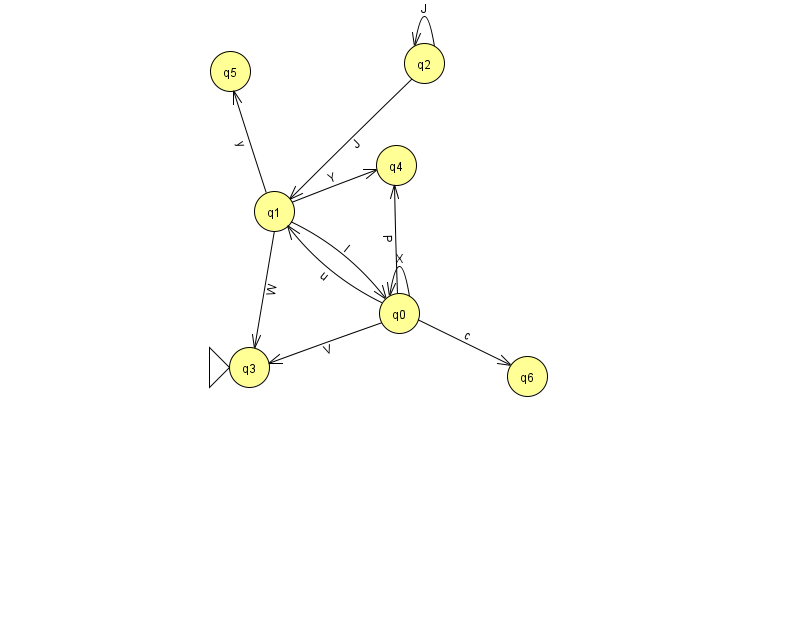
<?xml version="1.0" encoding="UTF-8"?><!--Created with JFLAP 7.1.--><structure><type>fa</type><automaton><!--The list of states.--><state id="0" name="q0"><x>399.0</x><y>300.0</y></state><state id="1" name="q1"><x>274.0</x><y>198.0</y></state><state id="2" name="q2"><x>424.0</x><y>50.0</y></state><state id="3" name="q3"><x>249.0</x><y>354.0</y><initial/></state><state id="4" name="q4"><x>396.0</x><y>152.0</y></state><state id="5" name="q5"><x>230.0</x><y>58.0</y></state><state id="6" name="q6"><x>527.0</x><y>363.0</y></state><!--The list of transitions.--><transition><from>1</from><to>0</to><read>l</read></transition><transition><from>1</from><to>5</to><read>y</read></transition><transition><from>1</from><to>4</to><read>Y</read></transition><transition><from>0</from><to>3</to><read>V</read></transition><transition><from>0</from><to>4</to><read>P</read></transition><transition><from>0</from><to>0</to><read>X</read></transition><transition><from>0</from><to>1</to><read>u</read></transition><transition><from>2</from><to>1</to><read>J</read></transition><transition><from>2</from><to>2</to><read>J</read></transition><transition><from>0</from><to>6</to><read>c</read></transition><transition><from>1</from><to>3</to><read>W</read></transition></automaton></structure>